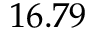
1 6 . 7 9